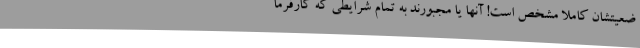
ضعیتشان کاملا مشخص است! آنها یا مجبورند به تمامِ شرایطی که کارفرما